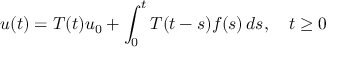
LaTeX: u ( t ) = T ( t ) u _ { 0 } + \int _ { 0 } ^ { t } T ( t - s ) f ( s ) \, d s , \quad t \geq 0